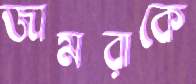
জামরাকে